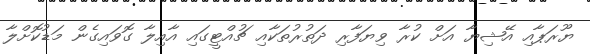
ޔޫރަޕާއި އޭޝިޔާ އަށް ކުރާ ވިޔަފާރި ދަތުރުތަކާއި ޗުއްޓީގައި އާއިލާ ގޮވައިގެން މަޑުކޮށްލާ